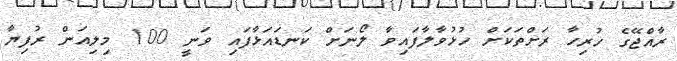
ރާއްޖޭގެ ހުރިހާ ރަށްތަކަށް ހުޅުވާލާފައިވާ ލޯނަށް ކަނޑައަޅާފައި ވަނީ 100 މިލިއަން ރުފިޔާ